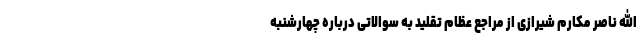
الله ناصر مکارم شیرازی از مراجع عظام تقلید به سوالاتی درباره چهارشنبه